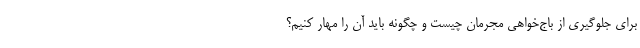
برای جلوگیری از باج‌خواهی مجرمان چیست و چگونه باید آن را مهار کنیم؟